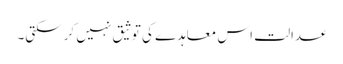
عدالت اس معاہدے کی توثیق نہیں کرسکتی۔